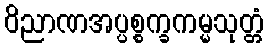
ဝိညာဏအပ္ပစ္စက္ခကမ္မသုတ္တံ